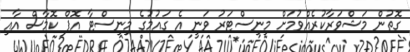
ގޮތުން މަޝްވަރާކުރެއްވުމަށް މިނިސްޓަރު ވަނީ އެ ގައުމުގެ މިނިސްޓާ އޮފް ކޮމާސް އާއި